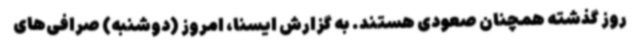
روز گذشته همچنان صعودی هستند. به گزارش ایسنا، امروز (دوشنبه) صرافی‌های